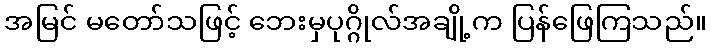
အမြင် မတော်သဖြင့် ဘေးမှပုဂ္ဂိုလ်အချို့က ပြန်ဖြေကြသည်။